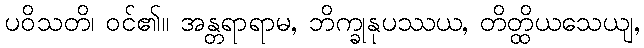
ပဝိသတိ၊ ဝင်၏။ အန္တရာရာမ, ဘိက္ခုနုပဿယ, တိတ္ထိယသေယျ,